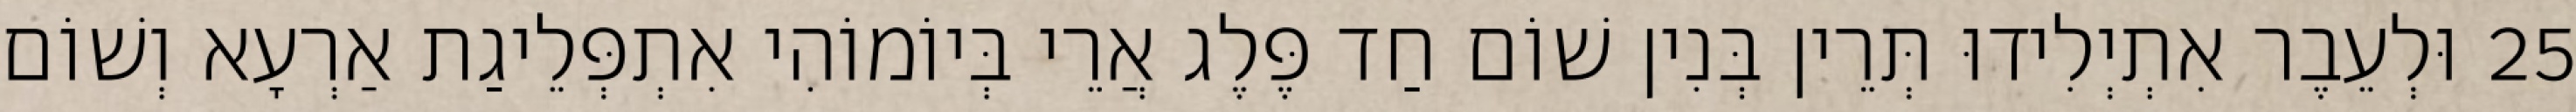
25 וּלְעֵבֶר אִתְיְלִידוּ תְּרֵין בְּנִין שׁוֹם חַד פֶּלֶג אֲרֵי בְּיוֹמוֹהִי אִתְפְּלֵיגַת אַרְעָא וְשׁוֹם